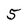
Character: 5